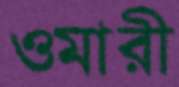
ওমারী